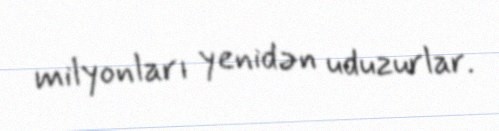
milyonları yenidən uduzurlar.